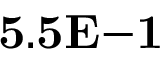
{ \bf 5 . 5 E { - 1 } }